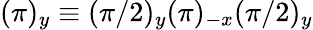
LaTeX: (\pi)_{y}\equiv(\pi/2)_{y}(\pi)_{-x}(\pi/2)_{y}